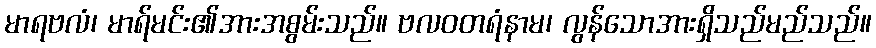
မာရဗလံ၊ မာရ်မင်း၏အားအစွမ်းသည်။ ဗလဝတရံနာမ၊ လွန်သောအားရှိသည်မည်သည်။